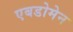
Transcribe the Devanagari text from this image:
एबडोमेन